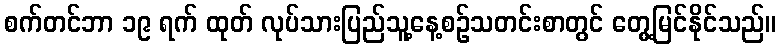
စက်တင်ဘာ ၁၉ ရက် ထုတ် လုပ်သားပြည်သူ့နေ့စဉ်သတင်းစာတွင် တွေ့မြင်နိုင်သည်။